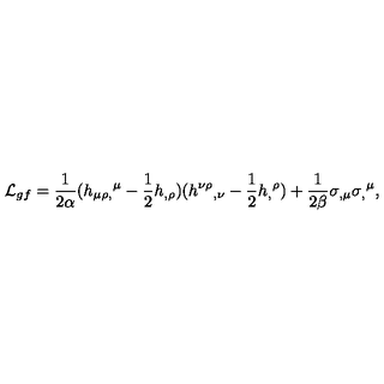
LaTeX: { \cal L } _ { g f } = { \frac { 1 } { 2 \alpha } } ( h _ { \mu \rho , } { } ^ { \mu } - { \frac { 1 } { 2 } } h _ { , \rho } ) ( h ^ { \nu \rho } { } _ { , \nu } - { \frac { 1 } { 2 } } h _ { , } { } ^ { \rho } ) + { \frac { 1 } { 2 \beta } } \sigma _ { , \mu } \sigma _ { , } { } ^ { \mu } ,